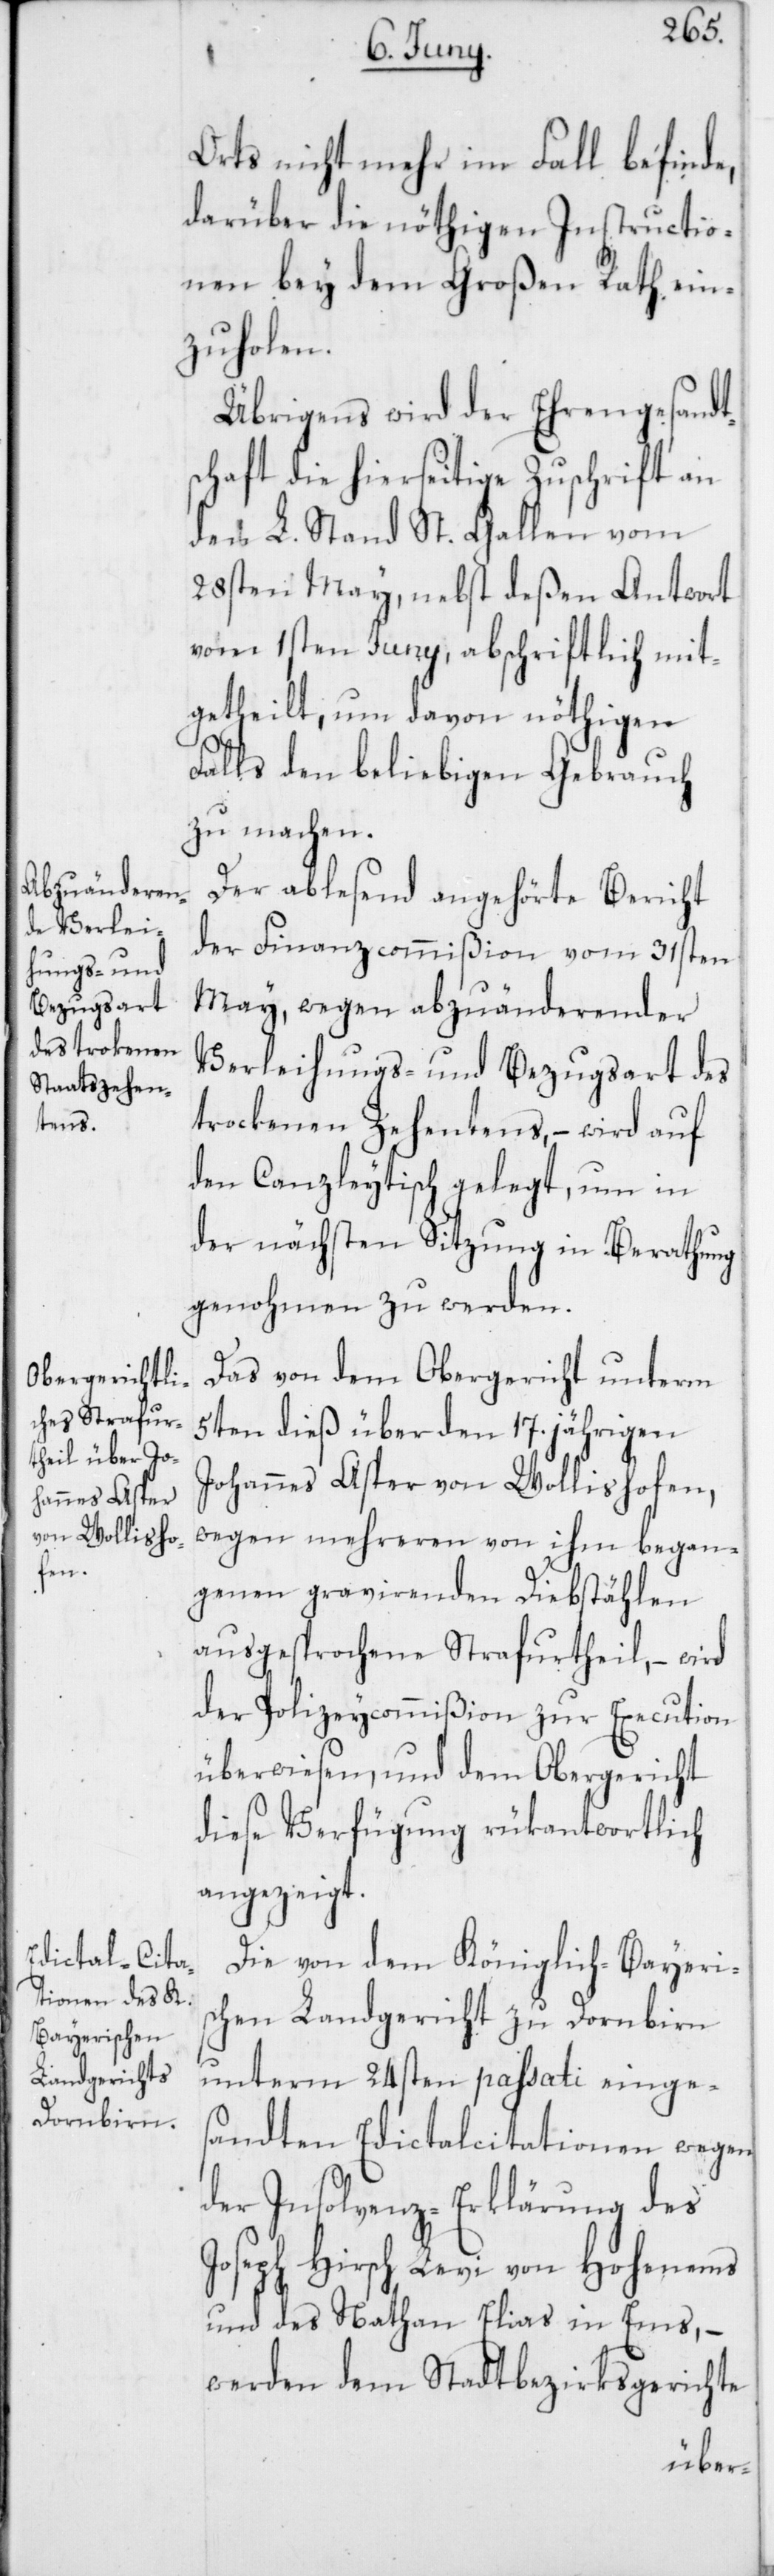
Orts nicht mehr im Fall befinde,
darüber die nöthigen Instructio¬
nen bey dem Großen Rath ein¬
zuholen.
Übrigens wird der Ehrengesandt¬
schaft die hierseitige Zuschrift an
den L. Stand St. Gallen vom
28sten May, nebst deßen Antwort
vom 1sten Juny, abschriftlich mit¬
getheilt, um davon nöthigen
Falls den beliebigen Gebrauch
zu machen.
Der ablesend angehörte Bericht
der Finanzcommißion vom 31sten
May, wegen abzuänderender
Verleihungs- und Bezugsart des
trockenen Zehentens, – wird auf
den Canzleytisch gelegt, um in
der nächsten Sitzung in Berathung
genohmen zu werden.
Das von dem Obergericht unterm
5ten dieß über den 17. jährigen
Johannes Asper von Wollishofen,
wegen mehreren von ihm began¬
genen gravierenden Diebstählen
ausgesprochene Strafurtheil, – wird
der Polizeycommißion zur Execution
überwiesen, und dem Obergericht
diese Verfügung rükantwortlich
angezeigt.
Die von dem Königlich-Bayeri¬
schen Landgericht zu Dornbirn
unterm 24sten passati einge¬
sandten Edictalcitationen wegen
der Insolvenz-Erklärung des
Joseph Hirsch Levi von Hohenems
und des Nathan Elias in Ems, –
werden dem Stadtbezirksgerichte